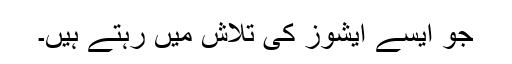
جو ایسے ایشوز کی تلاش میں رہتے ہیں۔